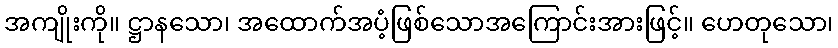
အကျိုးကို။ ဋ္ဌာနသော၊ အထောက်အပံ့ဖြစ်သောအကြောင်းအားဖြင့်။ ဟေတုသော၊